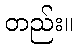
တည်း။